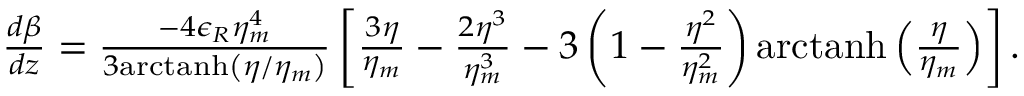
\begin{array} { r l r } & { } & { \! \! \! \! \! \! \! \! \frac { d \beta } { d z } = \frac { - 4 \epsilon _ { R } \eta _ { m } ^ { 4 } } { 3 \mathrm { a r c t a n h } \left( \eta / \eta _ { m } \right) } \left[ \frac { 3 \eta } { \eta _ { m } } - \frac { 2 \eta ^ { 3 } } { \eta _ { m } ^ { 3 } } - 3 \left( 1 - \frac { \eta ^ { 2 } } { \eta _ { m } ^ { 2 } } \right) \mathrm { a r c t a n h } \left( \frac { \eta } { \eta _ { m } } \right) \right] . } \end{array}